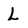
Character: L